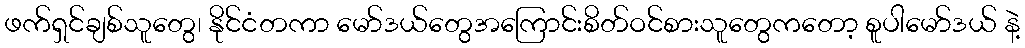
ဖက်ရှင်ချစ်သူတွေ၊ နိုင်ငံတကာ မော်ဒယ်တွေအကြောင်းစိတ်ဝင်စားသူတွေကတော့ စူပါမော်ဒယ် နဲ့